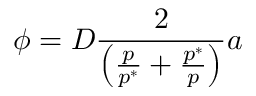
\phi = D \frac { 2 } { \left( \frac { p } { p ^ { * } } + \frac { p ^ { * } } { p } \right) } a